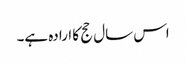
اس سال حج کا ارادہ ہے۔